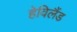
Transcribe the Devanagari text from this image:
हेविलैंड